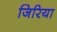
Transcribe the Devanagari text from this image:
जिरिया